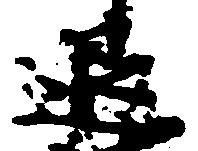
退